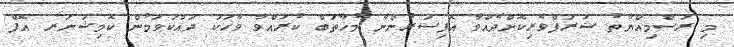
މި ރަސްމިއްޔާތު ޝަރަފްވެރިކޮށްދެއްވާ އޮފިސަރުންނާ މުޚާތަބް ކުރައްވާ ވާހަކަ ދައްކަވަމުން ކޮމިޝަނަރ އޮފް